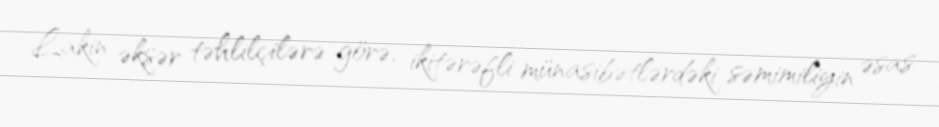
Lakin əksər təhlilçilərə görə, ikitərəfli münasibətlərdəki səmimiliyin əsas